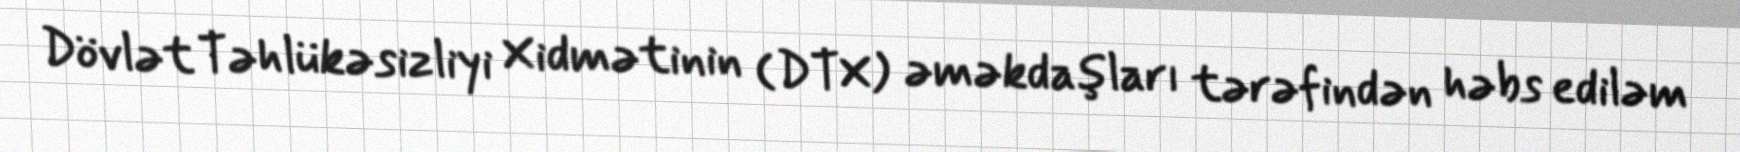
Dövlət Təhlükəsizliyi Xidmətinin (DTX) əməkdaşları tərəfindən həbs ediləm